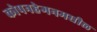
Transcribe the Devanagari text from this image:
कोपनहेगनमधील